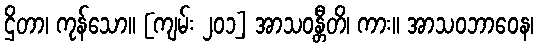
ဌိတာ၊ ကုန်သော။ [ကျမ်း ၂၀၁] အာသဝန္တီတိ၊ ကား။ အာသဝဘာဝေန၊